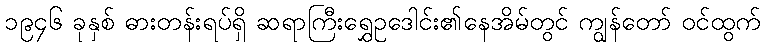
၁၉၄၆ ခုနှစ် ဓားတန်းရပ်ရှိ ဆရာကြီးရွှေဥဒေါင်း၏နေအိမ်တွင် ကျွန်တော် ဝင်ထွက်